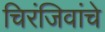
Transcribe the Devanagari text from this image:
चिरंजिवांचे